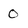
Character: 0